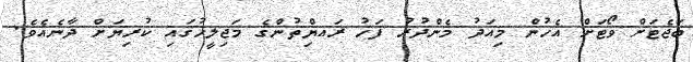
ބަޖެޓަށް ވޯޓަށް އެހުން މިއަދު މެންދުރު ފަހު ރައޔްިތުންގެ މަޖިލީހުގައި ކުރިޔަށް ދާނެއެވެ.